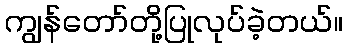
ကျွန်တော်တို့ပြုလုပ်ခဲ့တယ်။